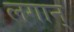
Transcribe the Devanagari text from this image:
लगान्‌